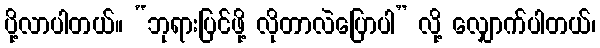
ပို့လာပါတယ်။ “ဘုရားပြင်ဖို့ လိုတာလဲပြောပါ” လို့ လျှောက်ပါတယ်၊